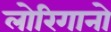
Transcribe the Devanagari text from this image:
लोरिगानो